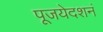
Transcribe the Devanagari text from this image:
पूजयेदशनं